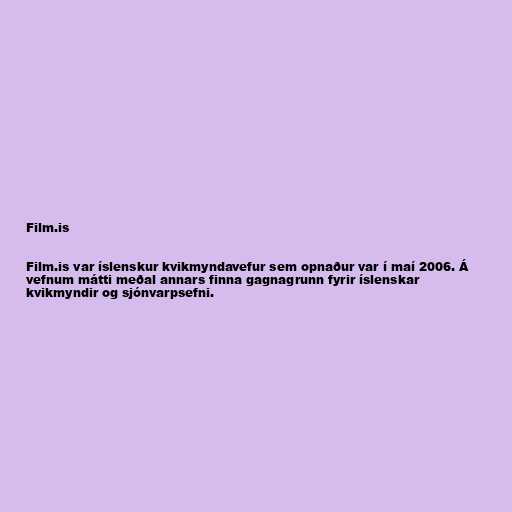
Film.is

Film.is var íslenskur kvikmyndavefur sem opnaður var í maí 2006. Á
vefnum mátti meðal annars finna gagnagrunn fyrir íslenskar
kvikmyndir og sjónvarpsefni.